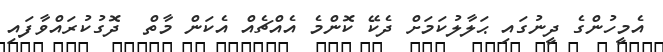
އެމީހުންގެ ދީނުގައި ޙަލާލުކަމަށް ދެކޭ ކޮންމެ އެއްޗެއް އެކަން މާތް  ދޮގުކުރައްވާފައި